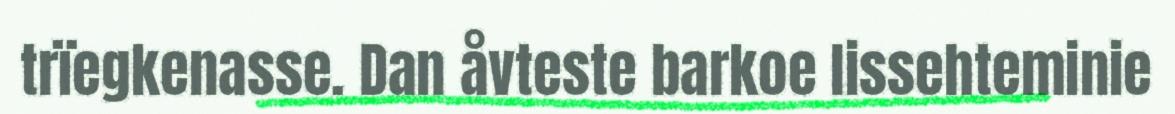
trïegkenasse. Dan åvteste barkoe lissehteminie